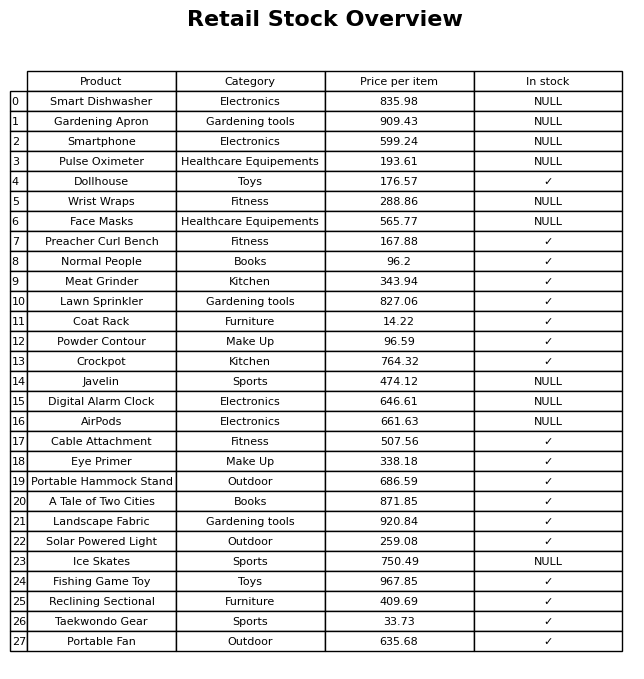
question: What is the price for Gardening Apron?
answer: The price of Gardening Apron is 909.43.